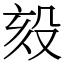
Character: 㱾